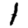
Digit: 1